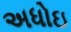
અધોઇ